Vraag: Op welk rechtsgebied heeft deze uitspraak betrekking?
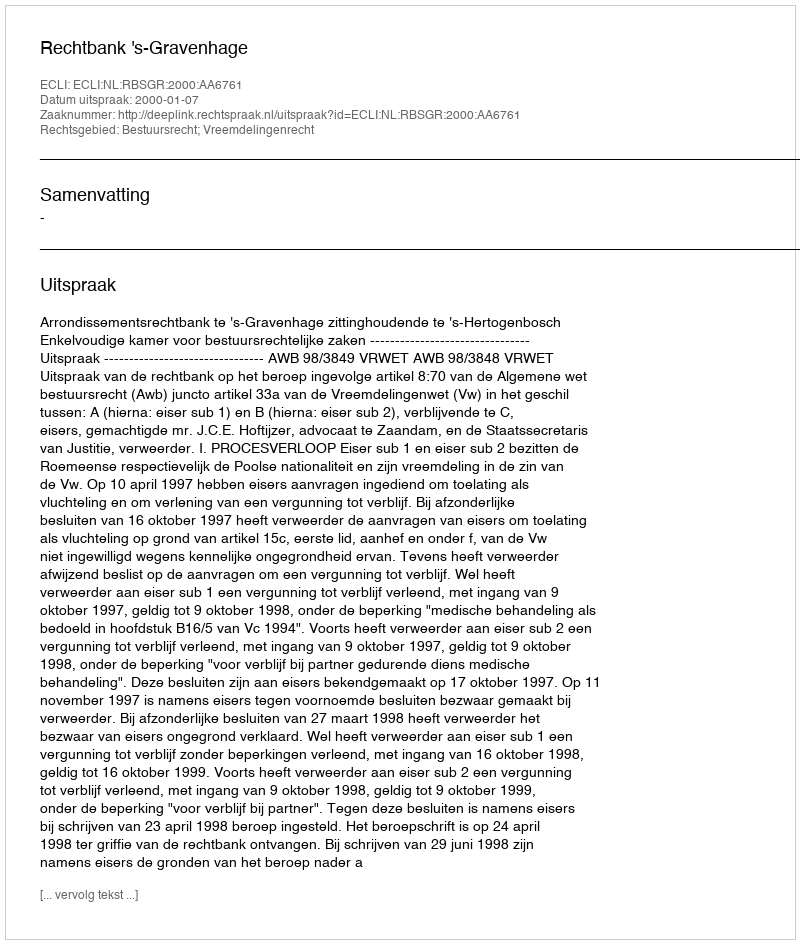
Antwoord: Bestuursrecht; Vreemdelingenrecht